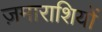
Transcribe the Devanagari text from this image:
ज़माराशियों